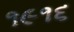
૧૯૧૬